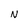
Character: N